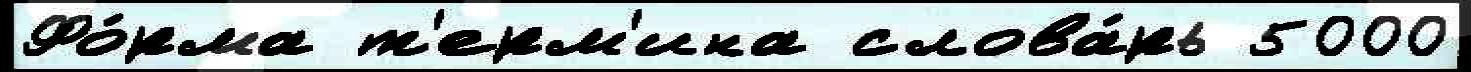
Фо́рма т'ерм'ина слова́рь 5000